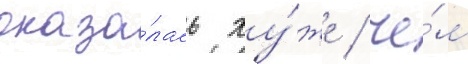
оказа́лась ху́же / че́м